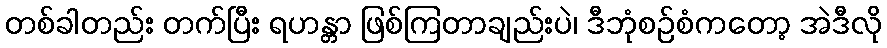
တစ်ခါတည်း တက်ပြီး ရဟန္တာ ဖြစ်ကြတာချည်းပဲ၊ ဒီဘုံစဉ်စံကတော့ အဲဒီလို